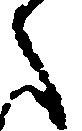
之